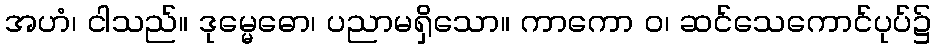
အဟံ၊ ငါသည်။ ဒုမ္မေဓော၊ ပညာမရှိသော။ ကာကော ဝ၊ ဆင်သေကောင်ပုပ်၌